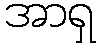
အာရှ